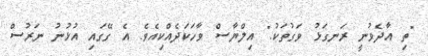
"ތި އާދެވުނީ ރަނގަޅު ވަގުތަކު." އިލްޔާސް ވާހަކަދެއްކިއެވެ. އެ ގޭގައި އުޅުނު ނަރުސް